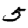
Digit: 5